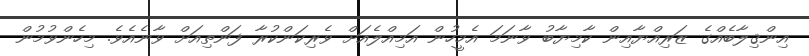
އިންޤިލާބެއްގެ ޒަރިއްޔާއިން ކާމިޔާބު ވާނަމަ އެމީހުން އަމިއްލެއަށް ވެރިކަންކުރާ ފަންތިއަށް ވާނެއެވެ. މިހެންވުމުން